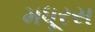
મધૂરસ